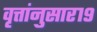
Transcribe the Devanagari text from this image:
वृत्तांनुसार१९